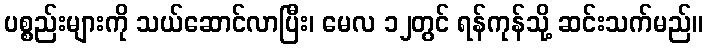
ပစ္စည်းများကို သယ်ဆောင်လာပြီး၊ မေလ ၁၂တွင် ရန်ကုန်သို့ ဆင်းသက်မည်။